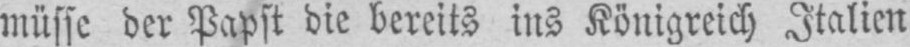
müsse der Papst die bereits ins Königreich Italien